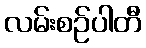
လမ်းစဉ်ပါတီ